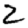
Digit: 2